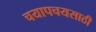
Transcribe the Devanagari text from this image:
चयापचयसाठी